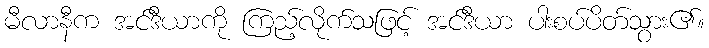
မီလာနီက အင်ဒီယာကို ကြည့်လိုက်သဖြင့် အင်ဒီယာ ပါးစပ်ပိတ်သွား၏။